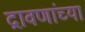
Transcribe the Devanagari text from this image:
द्रावणांच्या